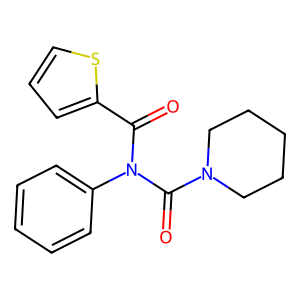
SMILES: O=C(c1cccs1)N(C(=O)N1CCCCC1)c1ccccc1
Inhibits HIV replication: No